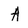
Character: A